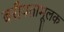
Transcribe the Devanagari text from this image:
बरीयतामूलक